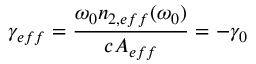
\gamma _ { e f f } = \frac { \omega _ { 0 } n _ { 2 , e f f } ( \omega _ { 0 } ) } { c A _ { e f f } } = - \gamma _ { 0 }